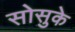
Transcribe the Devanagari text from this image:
सोसुके